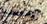
الإستخدام